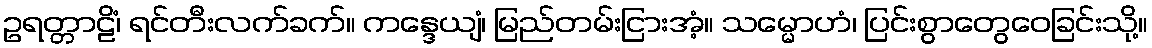
ဥရတ္တာဠိံ၊ ရင်တီးလက်ခက်။ ကန္ဒေယျံ၊ မြည်တမ်းငြားအံ့။ သမ္မောဟံ၊ ပြင်းစွာတွေဝေခြင်းသို့။